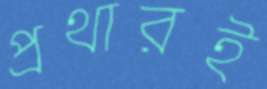
প্রথারই